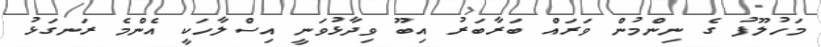
މަހުލޫފު ގެ ނިންމުން ވަރަައް ބަރާބަރު އިބޫ ވިދާޅުވަނީ އިސްލާހަކީ އެންމެ ރަނގަޅު